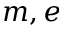
m , e